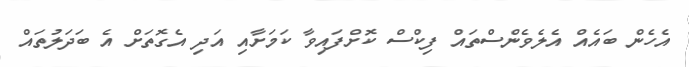
އެހެން ބައެއް އެލެވެންސްތައް ފިކްސް ކޮށްފައިވާ ކަމަށާއި އަދި އެގޮތަށް އެ ބަދަލުތައް